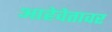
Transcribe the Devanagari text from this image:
आहेवेतावर